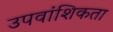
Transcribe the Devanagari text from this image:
उपवांशिकता